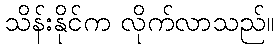
သိန်းနိုင်က လိုက်လာသည်။